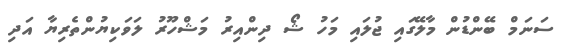
ސަނަމް ބޭންޑުން މާލޭގައި ޖުލައި މަހު ޝޯ ދިންއިރު މަޝްހޫރު ލަވަކިޔުންތެރިޔާ އަދި